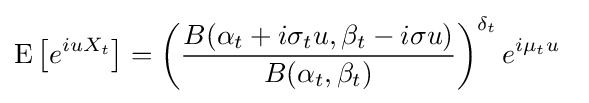
\operatorname {E} \left[e^{iuX_{t}}\right]=\left({\frac {B(\alpha _{t}+i\sigma _{t}u,\beta _{t}-i\sigma u)}{B(\alpha _{t},\beta _{t})}}\right)^{\delta _{t}}e^{i\mu _{t}u}\;\;